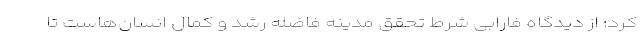
کرد: از دیدگاه فارابی شرط تحقق مدینه فاضله رشد و کمال انسان‌هاست تا